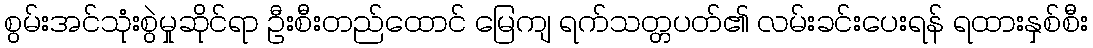
စွမ်းအင်သုံးစွဲမှုဆိုင်ရာ ဦးစီးတည်ထောင် မြေကျ ရက်သတ္တပတ်၏ လမ်းခင်းပေးရန် ရထားနှစ်စီး